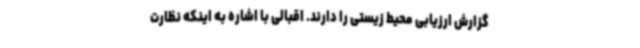
گزارش ارزیابی محیط زیستی را دارند. اقبالی با اشاره به اینکه نظارت